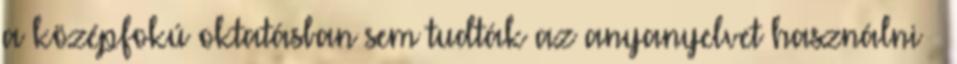
a középfokú oktatásban sem tudták az anyanyelvet használni →